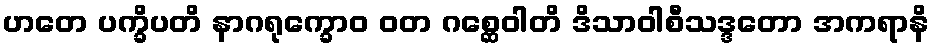
ဟတေ ပက္ခိပတိ နာဂရုက္ခောဝ ဝတ ဂစ္ဆေဝါတိ ဒိသာဝါစီသဒ္ဒတော အကရာနိ